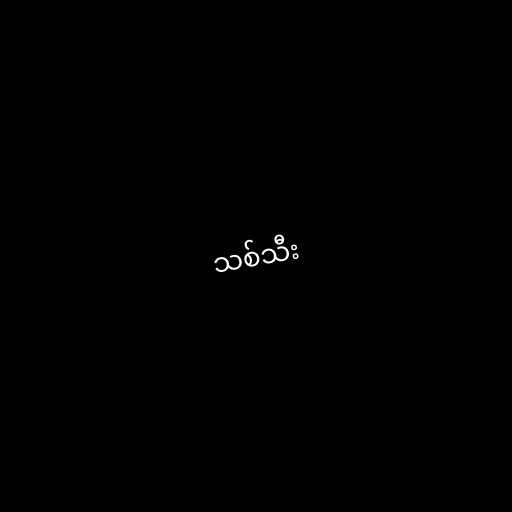
သစ်သီး